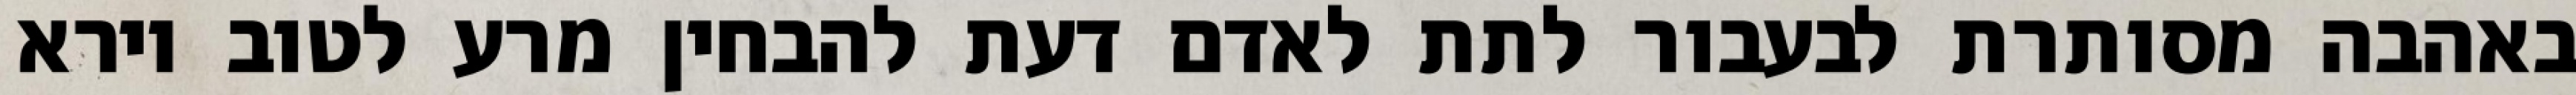
באהבה מסותרת לבעבור לתת לאדם דעת להבחין מרע לטוב וירא